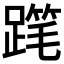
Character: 𲃾